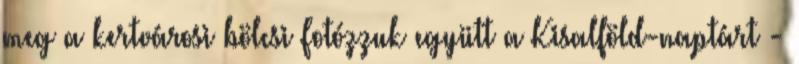
meg a kertvárosi bölcsi Fotózzuk együtt a Kisalföld-naptárt -